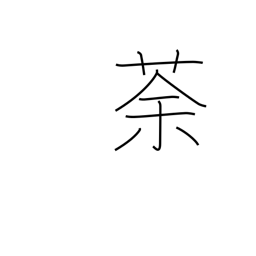
Meaning: a weed